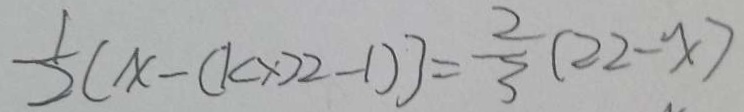
\frac { 1 } { 2 } [ x - ( k \times 2 2 - 1 ) ] = \frac { 2 } { 3 } ( 2 2 - x )